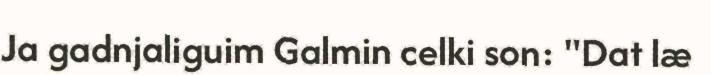
Ja gadnjaliguim Galmin celki son: "Dat læ